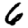
Digit: 6